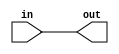
module lut_input (in, out);
    input in;
    output out;
    assign out = in;
endmodule